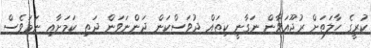
ކުރީގެ ހާލަތަށް ރުޖޫއަވާން ނަގާނީ ކިތައް ދުވަސްކަން ދަންނަވަން ދަތި ކަމަށާއި ނަމަވެސް